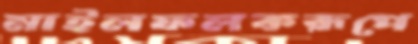
মাইলফলকরূপে